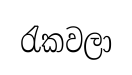
රැකවලා